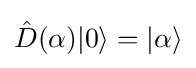
{\hat {D}}(\alpha )|0\rangle =|\alpha \rangle